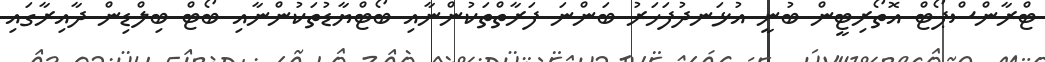
ޓްރާންސްޕޯޓް އޮތޯރިޓީން ބުނީ އުޅަނދުފަހަރު ބަންނަ ފަރާތްތަކުންނާއި ބޯޓްޔާޑުތަކުންނާއި ބޯޓް ބިލްޑިން ދާއިރާގައި